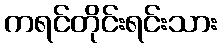
ကရင်တိုင်းရင်းသား